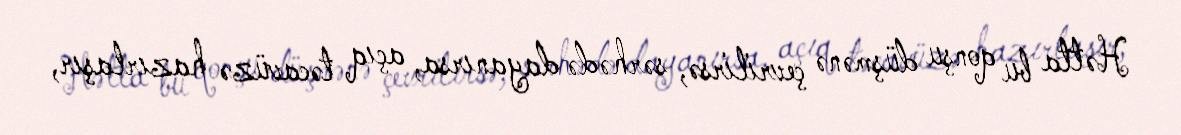
Hətta bu qonşu düşmənə çevrilirsə, sərhədə dayanırsa, açıq təcavüzə hazırlaşır,